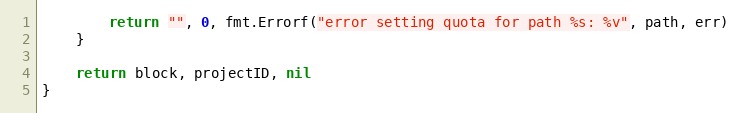
Language: Go
		return "", 0, fmt.Errorf("error setting quota for path %s: %v", path, err)
	}

	return block, projectID, nil
}